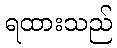
ရထားသည်